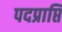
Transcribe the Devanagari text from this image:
पदप्राप्ति